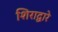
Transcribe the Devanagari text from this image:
शिराद्वारे